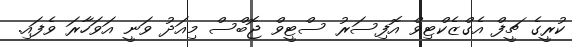
ކުރީގެ ޗީފް އެގްޒެކްޓިވް އޮފިސަރު ސްޓީވް ޖޮބްސް މިއަދު ވަނީ އަވަހާރަ ވެފައި.